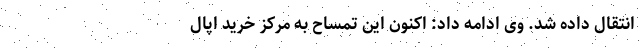
انتقال داده شد. وی ادامه داد: اکنون این تمساح به مرکز خرید اُپال